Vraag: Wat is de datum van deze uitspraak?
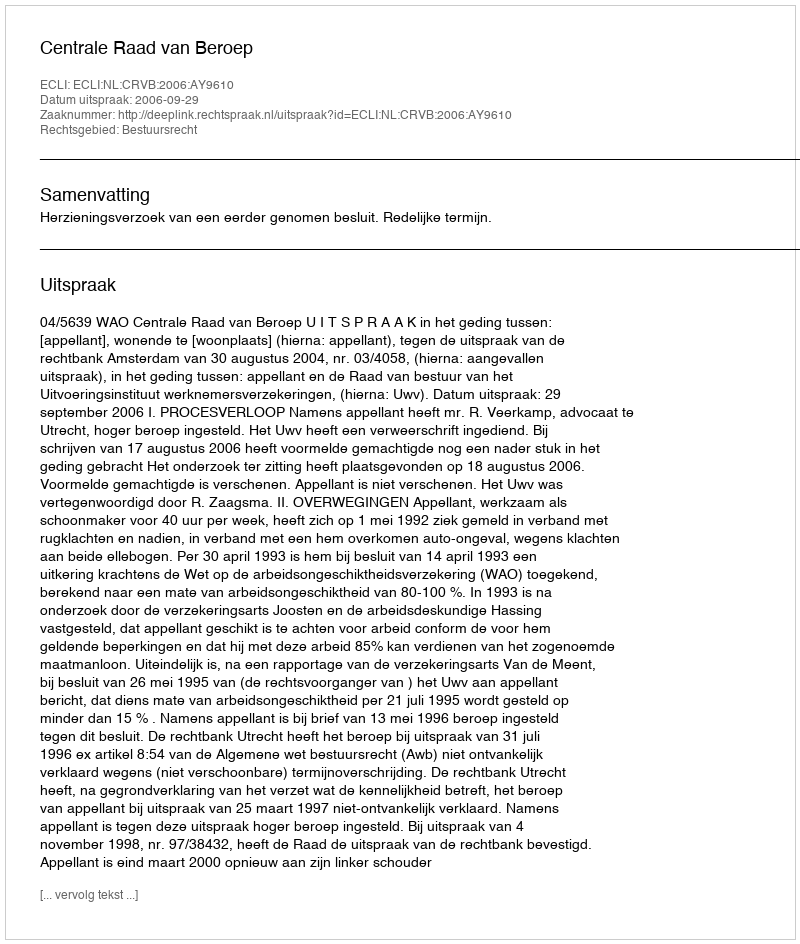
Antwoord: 2006-09-29